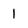
Character: 1